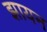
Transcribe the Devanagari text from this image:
झायन